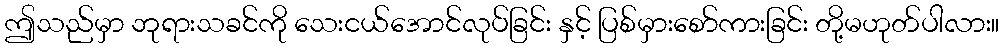
ဤသည်မှာ ဘုရားသခင်ကို သေးငယ်အောင်လုပ်ခြင်း နှင့် ပြစ်မှားစော်ကားခြင်း တို့မဟုတ်ပါလား။